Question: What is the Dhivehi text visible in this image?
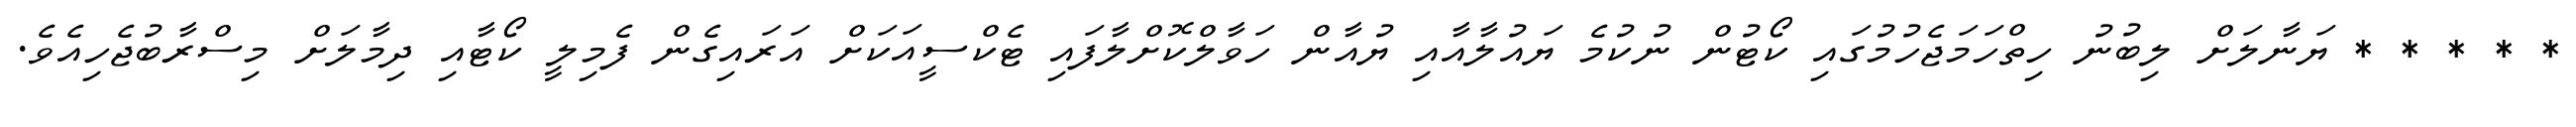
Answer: * * * * * ޔަނާލަށް ލިބުނު ހިތްހަމަޖެހުމުގައި ކޯޓުން ނުކުމެ ޔައުލާއާއި ޔުއާން ހަވާލްކޮށްލާފައި ޓެކްސީއަކަށް އަރައިގެން ފެމިލީ ކޯޓާއި ދިމާލަށް މިސްރާބުޖެހިއެވެ.